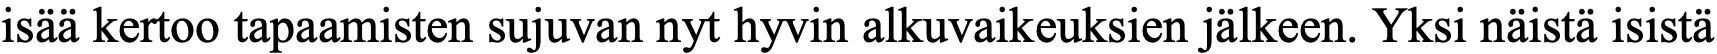
isää kertoo tapaamisten sujuvan nyt hyvin alkuvaikeuksien jälkeen. Yksi näistä isistä